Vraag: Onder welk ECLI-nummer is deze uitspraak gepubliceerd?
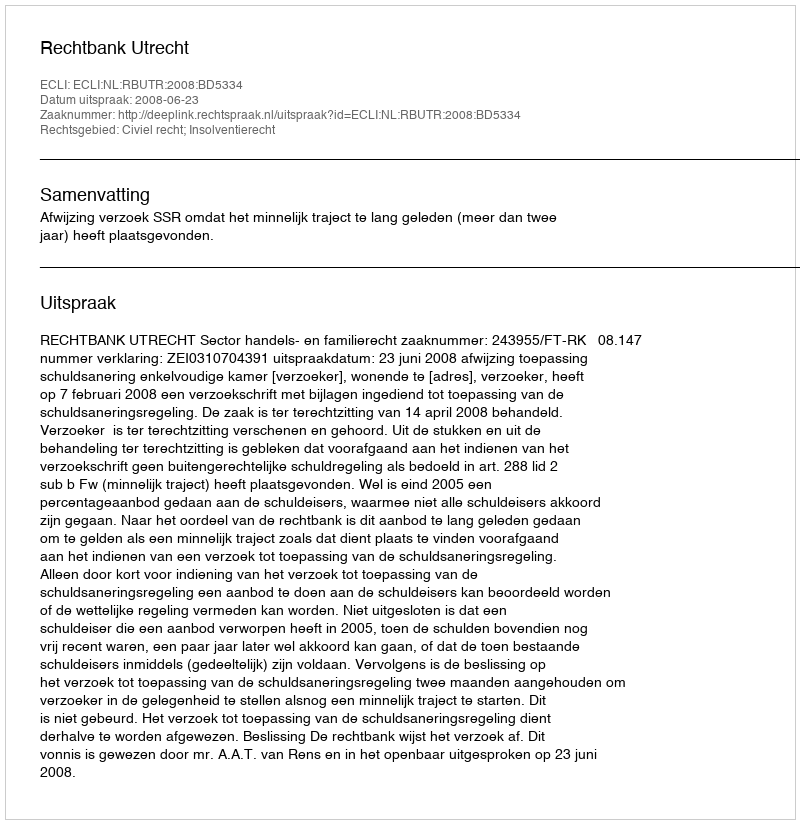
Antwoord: ECLI:NL:RBUTR:2008:BD5334